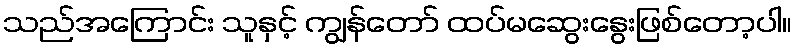
သည်အကြောင်း သူနှင့် ကျွန်တော် ထပ်မဆွေးနွေးဖြစ်တော့ပါ။